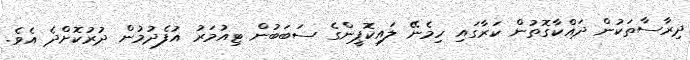
ދިރާސާތަކުން ދައްކާގޮތުން ކަރާގައި ހިމެނޭ ލައިކޮޕީންގެ ސަބަބުން ޓިއުމަރު އުފެދުމުން ދުރުކޮށްދެ އެވެ.